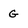
Character: G